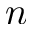
n